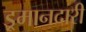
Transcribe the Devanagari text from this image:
इ्रमानदारी